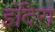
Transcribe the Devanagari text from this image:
इंदिऱा